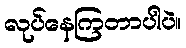
လုပ်နေကြတာပါပဲ။